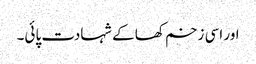
اور اسی زخم کھا کے شہادت پائی۔